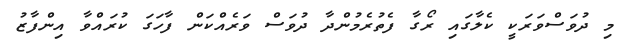
މި ދުވަސްވަރަކީ ކެލާގައި ރޯގާ ފެތުރެމުންދާ ދުވަސް ވަރެއްކަން ފާހަގަ ކުރައްވާ އިންފާޒު